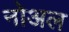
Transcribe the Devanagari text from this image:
नोअल